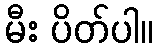
မီး ပိတ်ပါ။